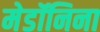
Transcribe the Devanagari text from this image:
मेडॉनिना